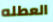
العطله